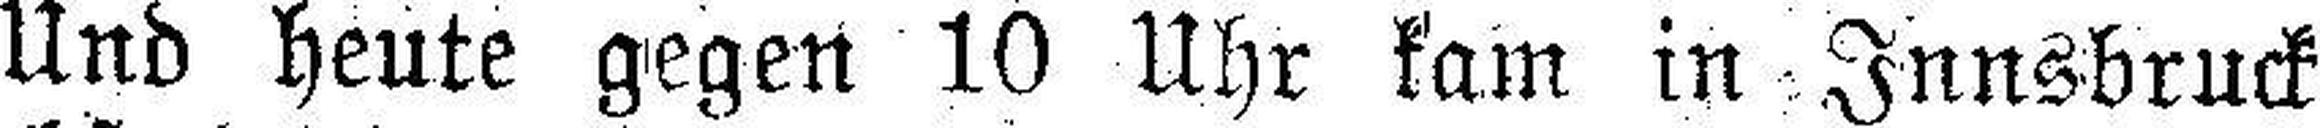
Und heute gegen 10 Uhr kam in Innsbruck